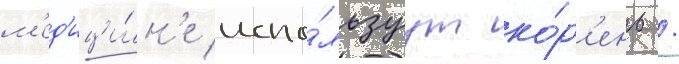
м'ед'ици́н'е испо́льзуут ко́р'ень /